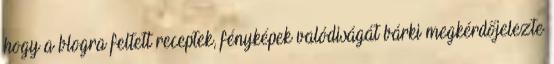
hogy a blogra feltett receptek, fényképek valódiságát bárki megkérdőjelezte